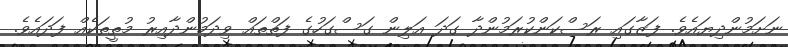
ނަށަމުންދިޔައެވެ. ފަޒާގައި ރަސްކަންކުރަމުންދާ ގަދަ އަލިން ގަސްގަހުގެ ފަތްތައް ވިދަމުންދާއިރު މުތީތަކެއް ފަދައެވެ.